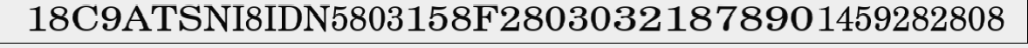
18C9ATSNI8IDN5803158F28030321878901459282808